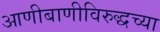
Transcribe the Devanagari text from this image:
आणीबाणीविरुद्धच्या